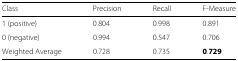
<table><thead><tr><td><b>Class</b></td><td><b>Precision</b></td><td><b>Recall</b></td><td><b>F-Measure</b></td></tr></thead><tbody><tr><td>1 (positive)</td><td>0.804</td><td>0.998</td><td>0.891</td></tr><tr><td>0 (negative)</td><td>0.994</td><td>0.547</td><td>0.706</td></tr><tr><td>Weighted Average</td><td>0.728</td><td>0.735</td><td><b>0</b><b>.</b><b>7</b><b>2</b><b>9</b></td></tr></tbody></table>